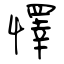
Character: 懌